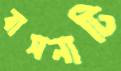
বাসনাটি